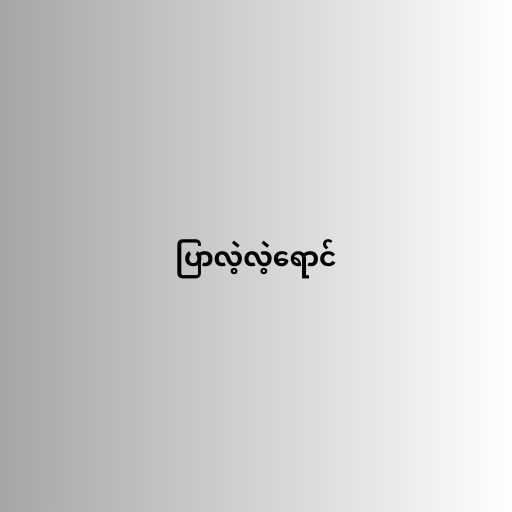
ပြာလဲ့လဲ့ရောင်